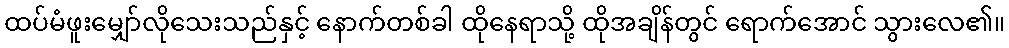
ထပ်မံဖူးမျှော်လိုသေးသည်နှင့် နောက်တစ်ခါ ထိုနေရာသို့ ထိုအချိန်တွင် ရောက်အောင် သွားလေ၏။